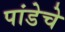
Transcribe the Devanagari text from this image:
पांडेचे